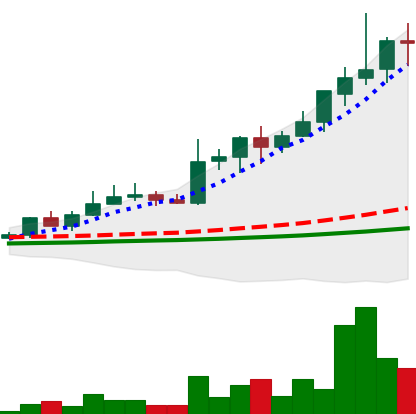
Ticker: LINK-USD
Chart end date: 2019-05-24
Forward return: -11.531%
Label: down_7plus